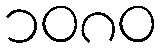
၁၀၈၀